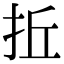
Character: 拞